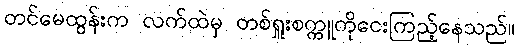
တင်မေထွန်းက လက်ထဲမှ တစ်ရှူးစက္ကူကိုငေးကြည့်နေသည်။